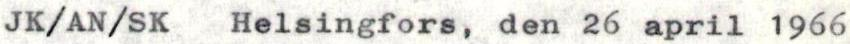
JK/AN/SK Helsingfors, den 26 april 1966